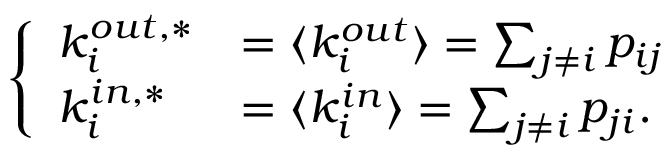
\left\{ \begin{array} { l l } { k _ { i } ^ { o u t , * } } & { = \langle k _ { i } ^ { o u t } \rangle = \sum _ { j \neq i } p _ { i j } } \\ { k _ { i } ^ { i n , * } } & { = \langle k _ { i } ^ { i n } \rangle = \sum _ { j \neq i } p _ { j i } . } \end{array} \right.